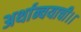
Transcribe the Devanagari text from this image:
अर्थान्वयाची।।